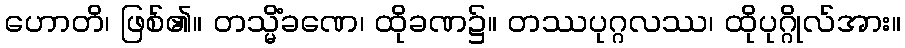
ဟောတိ၊ ဖြစ်၏။ တသ္မိံခဏေ၊ ထိုခဏ၌။ တဿပုဂ္ဂလဿ၊ ထိုပုဂ္ဂိုလ်အား။